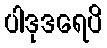
ပါဒုဒရေပိ